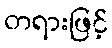
တရားဖြင့်